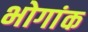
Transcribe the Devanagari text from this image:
भोगांक